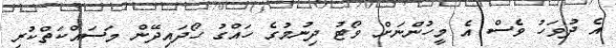
އެ ދުވަހު ވެސް އެ މީހުންނަށް ވޯޓު ދިނުމުގެ ހައްގު ހޯދައިދޭން މަސައްކަތްކުރި